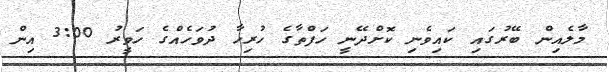
މާލެއިން ބޭރުގައި ކައިވެނި ކޮށްދޭނީ ހަފްތާގެ ހުރިހާ ދުވަހެއްގެ ހަވީރު 3:00 އިން